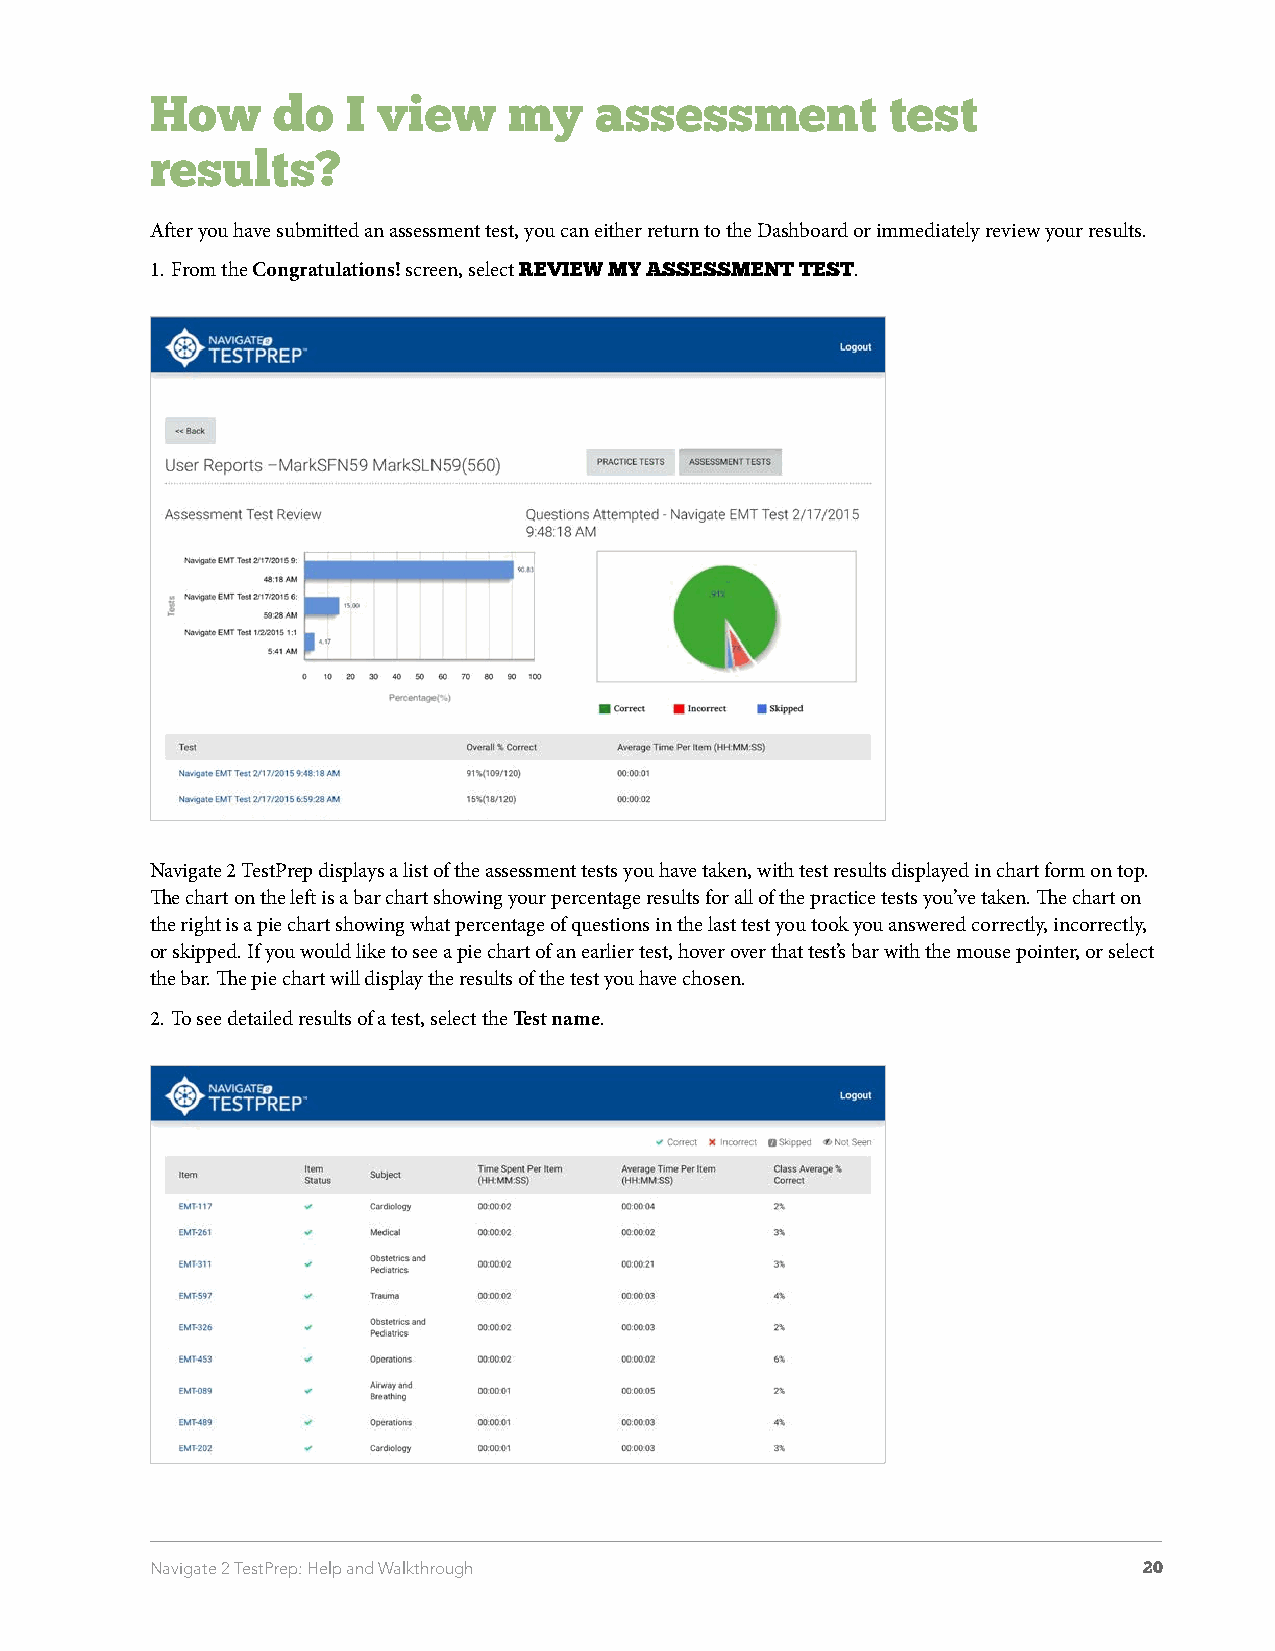
How     do   I view     my   assessment          test
 results?
 After you have submitted an assessment test, you can either return to the Dashboard or immediately review your results.
 1. From the Congratulations! screen, select REVIEW MY ASSESSMENT TEST.
 Navigate 2 TestPrep displays a list of the assessment tests you have taken, with test results displayed in chart form on top.
 The chart on the left is a bar chart showing your percentage results for all of the practice tests you’ve taken. The chart on
 the right is a pie chart showing what percentage of questions in the last test you took you answered correctly, incorrectly,
 or skipped. If you would like to see a pie chart of an earlier test, hover over that test’s bar with the mouse pointer, or select
 the bar. The pie chart will display the results of the test you have chosen.
 2. To see detailed results of a test, select the Test name.
 Navigate 2 TestPrep: Help and Walkthrough                         20